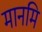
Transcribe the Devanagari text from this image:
मानमि